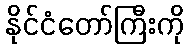
နိုင်ငံတော်ကြီးကို